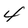
Character: 4